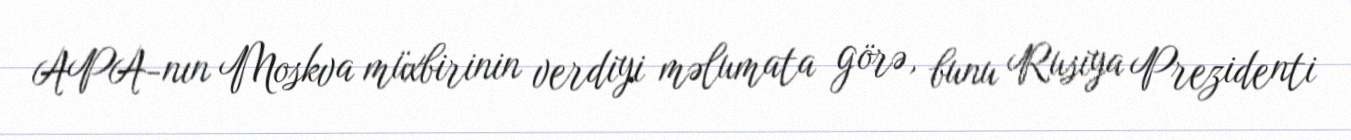
APA-nın Moskva müxbirinin verdiyi məlumata görə, bunu Rusiya Prezidenti